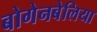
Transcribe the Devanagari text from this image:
बोगेनबेलिया